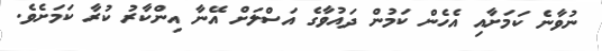
ނުވާނެ ކަމަށާއި އެހެން ކަމުން ދައުވާގެ އަސްލަށް އޭނާ އިންކާރު ކުރާ ކަމަށެވެ.